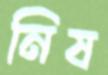
নিষ